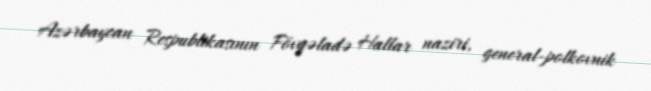
Azərbaycan Respublikasının Fövqəladə Hallar naziri, general-polkovnik